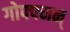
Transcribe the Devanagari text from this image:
गोफ्फ्मन्